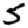
Digit: 5